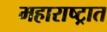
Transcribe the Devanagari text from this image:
महाराष्‍ट्रात